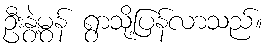
ဦးနွဲ့မွန် ရွာသို့ပြန်လာသည်။